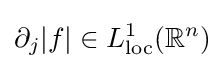
\partial _{j}|f|\in L_{\text{loc}}^{1}(\mathbb {R} ^{n})